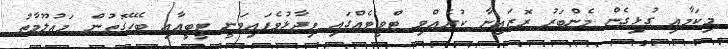
މިކަމާއި ގުޅިގެން މެންބަރު ރޮޒައިނާ ކުރެއްވި ޓްވީޓެއްގައި ވިދާޅުވެފައިވަނީ ޓީބީއާއި ބެހޭގޮތުން މައުލޫމާތު